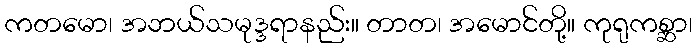
ကတမော၊ အဘယ်သမုဒ္ဒရာနည်း။ တာတ၊ အမောင်တို့။ ကုရုကစ္ဆာ၊